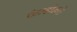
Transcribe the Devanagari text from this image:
फेन्डोन्गो